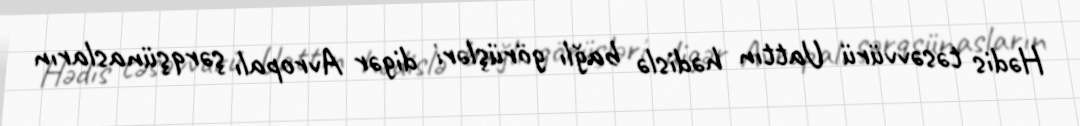
Hədis təsəvvürü Uattın hədislə bağlı görüşləri digər Avropalı şərqşünasların